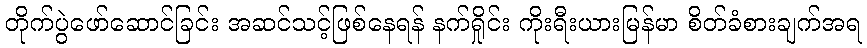
တိုက်ပွဲဖော်ဆောင်ခြင်း အဆင်သင့်ဖြစ်နေရန် နက်ရှိုင်း ကိုးရီးယားမြန်မာ စိတ်ခံစားချက်အရ